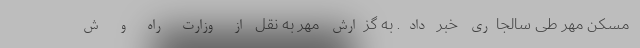
مسکن مهر طی سالجاری خبر داد. به گزارش مهر به نقل از وزارت راه و ش